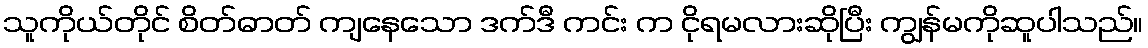
သူကိုယ်တိုင် စိတ်ဓာတ် ကျနေသော ဒက်ဒီ ကင်း က ငိုရမလားဆိုပြီး ကျွန်မကိုဆူပါသည်။